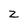
Character: Z